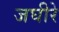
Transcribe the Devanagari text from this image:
जघीरे